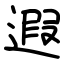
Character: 遐